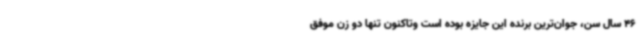
46 سال سن، جوان‌ترین برنده این جایزه بوده است وتاکنون تنها دو زن موفق